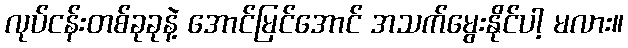
လုပ်ငန်းတစ်ခုခုနဲ့ အောင်မြင်အောင် အသက်မွေးနိုင်ပါ့ မလား။